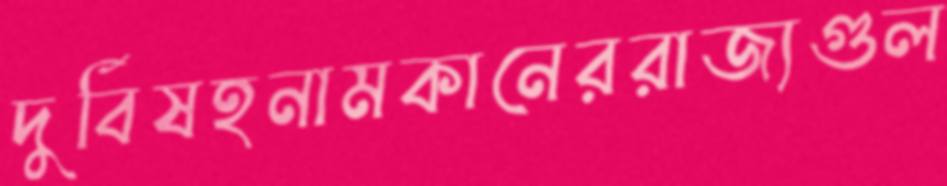
দুর্বিষহনামকানেররাজ্যগুল